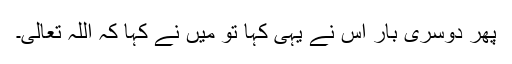
پھر دوسری بار اس نے یہی کہا تو میں نے کہا کہ اللہ تعالیٰ۔